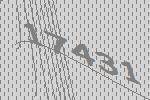
17431